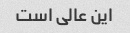
این عالی است